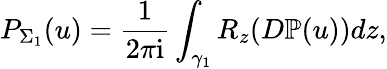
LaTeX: P_{\Sigma_{1}}(u)=\frac{1}{2\pi\mathrm{i}}\int_{\gamma_{1}}R_{z}(D\mathbb{P}(u))dz,